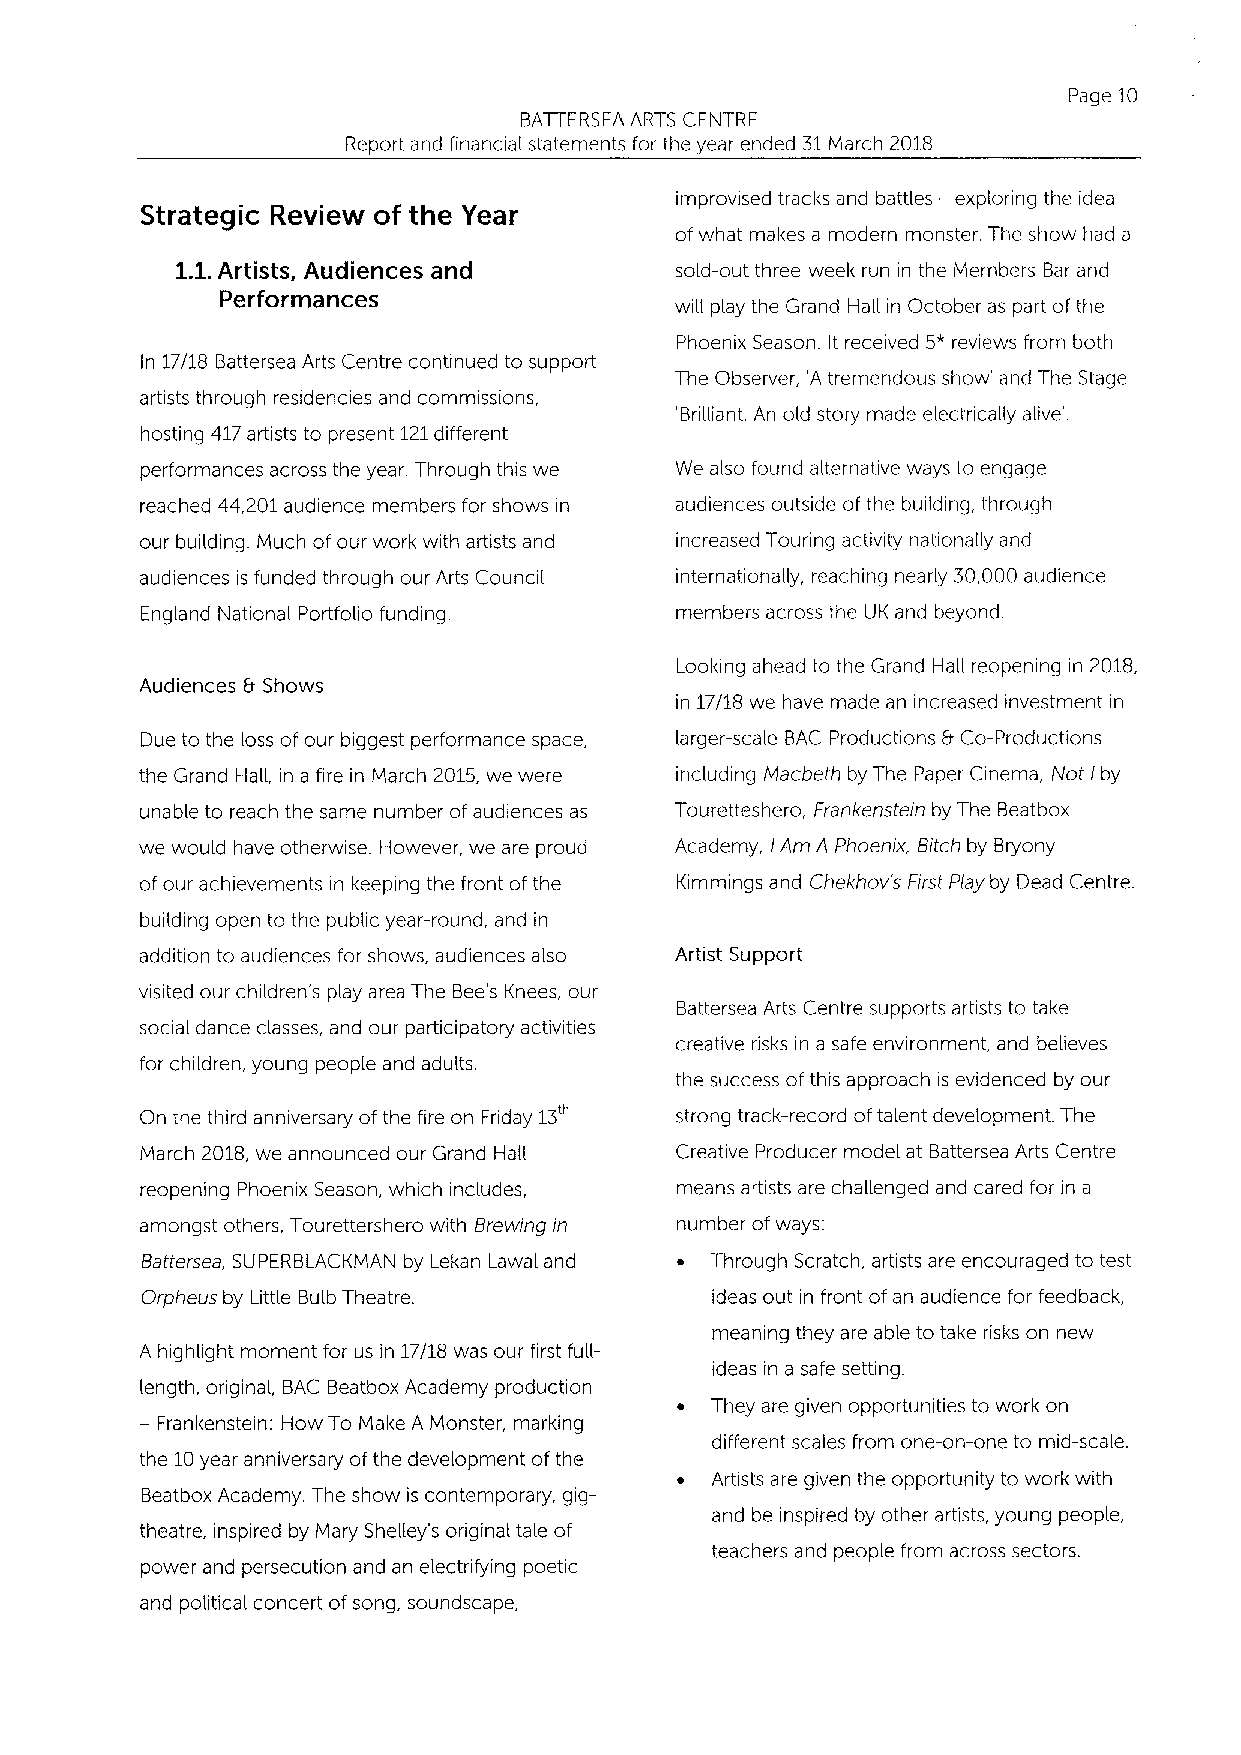
Page 10
 BATTERSEA ARTS CENTRE
 Report and financial statements for the year ended 31March 2018
 improvised tracks and battles — exploring the idea
 Strategic Review of the Year
 ofwhat makes a modern monster. The show had a
 1.1.Artists, Audiences and       sold-out three-week run in the Members Bar and
 Performances
 will play the Grand Hall in October as part ofthe
 Phoenix Season. It received 5*reviews from both
 In 17/18 Battersea Arts Centre continued to support
 The Observer, 'A tremendous show' and The Stage
 artists through residencies and commissions,
 'Brilliant. An old story made electrically alive'.
 hosting 417artists to present 121different
 performances across the year. Through this we We also found alternative ways to engage
 reached 44,201audience members for shows in audiences outside ofthe building, through
 our building. Much of our work with artists and increased Touring activity nationally and
 audiences is funded through our Arts Council internationally, reaching nearly 30,000 audience
 England National Portfolio funding. members across the UK and beyond.
 Looking ahead to the Grand Hail reopening in 2018,
 Audiences 8 Shows
 in 17/18 we have made an increased investment in
 Due to the loss of our biggest performance space, larger-scale BAC Productions 8 Co-Productions
 the Grand Hall, in a fire in March 2015,we were including Macbeth by The Paper Cinema, Not lby
 unable to reach the same number ofaudiences as Touretteshero, Frankenstein by The Beatbox
 we would have otherwise. However, we are proud Academy, lAm A Phoenix, Bitch by Bryony
 of our achievements in keeping the front ofthe Kimmings and Chekhov's First Play by Dead Centre.
 building open to the public year-round, and in
 addition to audiences for shows, audiences also Artist Support
 visited our children's play area The Bee's Knees, our
 Battersea Arts Centre supports artists to take
 social dance classes, and our participatory activities
 creative risks in a safe environment, and believes
 for children, young people and adults.
 the success ofthis approach is evidenced by our
 On the third anniversary ofthe fire on Friday 13 strong track-record oftalent development. The
 March 2018,we announced our Grand Hall Creative Producer model at Battersea Arts Centre
 reopening Phoenix Season, which includes, means artists are challenged and cared for in a
 amongst others, Tourettershero with Brewing in number ofways:
 Battersea, SUPERBLACKMAN by Lekan Lawal and ~ Through Scratch, artists are encouraged to test
 Orpheus by Little Bulb Theatre.       ideas out in front ofan audience for feedback,
 meaning they are able to take risks on new
 A highlight moment for us in 17/18 was our first full-
 ideas in a safe setting.
 length, original, BAC Beatbox Academy production
 They are given opportunities to work on
 —Frankenstein: How To Make A Monster, marking
 different scales from one-on-one to mid-scale.
 the 10year anniversary ofthe development ofthe
 ~ Artists are given the opportunity to work with
 Beatbox Academy. The show is contemporary, gig-
 and be inspired by other artists, young people,
 theatre, inspired by Mary Shelley's original tale of
 teachers and people from across sectors.
 power and persecution and an electrifying poetic
 and political concert ofsong, soundscape,